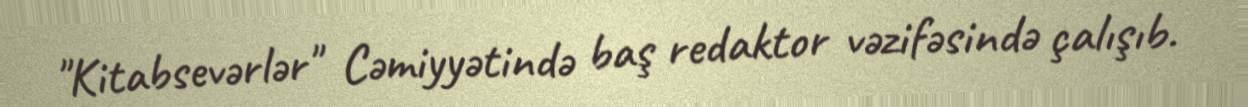
"Kitabsevərlər" Cəmiyyətində baş redaktor vəzifəsində çalışıb.